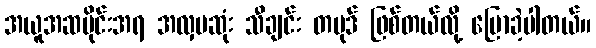
အယူအဆပိုင်းအရ အလှပဆုံး သီချင်း တပုဒ် ဖြစ်တယ်လို့ ပြောခဲ့ပါတယ်။